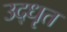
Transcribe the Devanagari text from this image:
उद्‍धृत